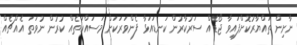
ނާށިން ތައްޔާރުކޮށްފައިވާ ޖޯޑެއް ސަރުކާރުން ކަނޑައަޅާ ފެންވަރަކަށް މަސައްކަތެއް ކުރުން ނުވަތަ އެއްޗެއް